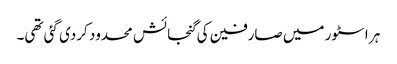
ہر اسٹور میں صارفین کی گنجائش محدود کردی گئی تھی۔